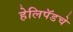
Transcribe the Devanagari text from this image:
हेलिपॅडचे